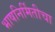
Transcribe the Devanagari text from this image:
भाषनिर्मितीचा